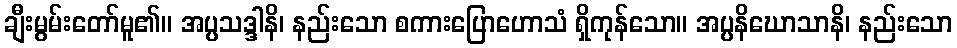
ချီးမွမ်းတော်မူ၏။ အပ္ပသဒ္ဒါနိ၊ နည်းသော စကားပြောဟောသံ ရှိကုန်သော။ အပ္ပနိဃောသာနိ၊ နည်းသော